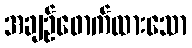
အချဉ်ဖောက်ထားသော